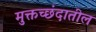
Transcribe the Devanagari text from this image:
मुक्तच्छंदातील